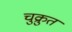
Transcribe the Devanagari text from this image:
चुक्रुत